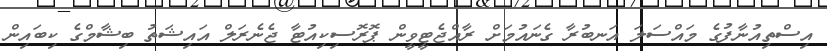
އިސްތިއުނާފުގެ މައްސަލަ އަނބުރާ ގެނައުމަށް ރާއްޖެޓީވީން ޕޮރޮސިކިއުޓާ ޖެނެރަލް އައިޝަތު ބިޝާމްގެ ކިބައިން